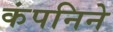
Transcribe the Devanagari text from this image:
कंपनिने